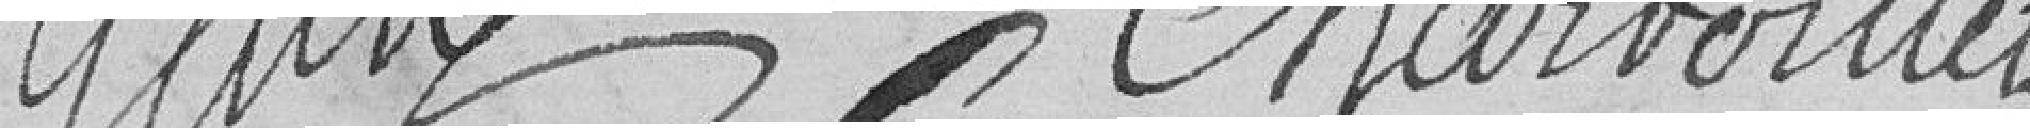
Genly, Chardoiller